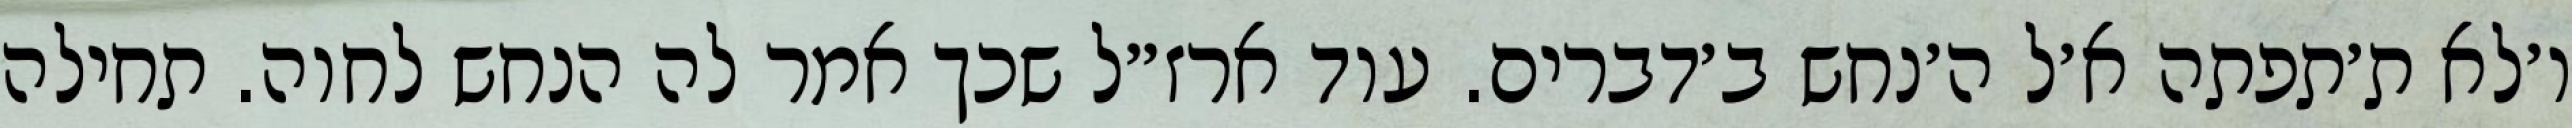
ו׳לא ת׳תפתה א׳ל ה׳נחש ב׳דברים. עוד ארז״ל שכך אמר לה הנחש לחוה. תחילה